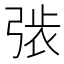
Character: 𢏾